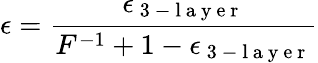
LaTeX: \epsilon=\frac{\epsilon_{\mathrm{~3~-~l~a~y~e~r~}}}{F^{-1}+1-\epsilon_{\mathrm{~3~-~l~a~y~e~r~}}}